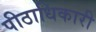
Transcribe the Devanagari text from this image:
पीठाधिकारी